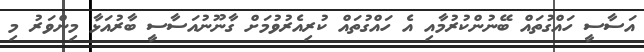
އަސާސީ ހައްގުތައް ބޭނުންކުރުމާއި އެ ހައްގުތައް ކުރިއެރުވުމަށް ގާނޫނުއަސާސީ ބާރުއަޅާ މިންވަރު މި